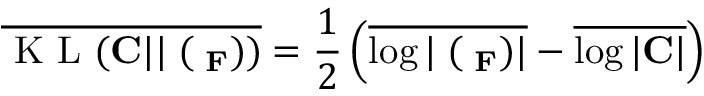
\overline { { \mathrm { ~ K ~ L ~ } ( { \bf C } | | { \bf \Xi } ( { \bf \Lambda _ { F } } ) ) } } = \frac { 1 } { 2 } \left( \overline { { \log | { \bf \Xi } ( { \bf \Lambda _ { F } } ) | } } - \overline { { \log | { \bf C } | } } \right)